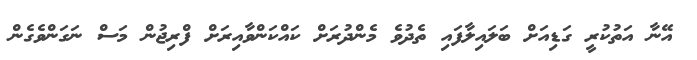
އޭނާ އަތުކުރީ ގަޑިއަށް ބަލައިލާފައި ތެދުވެ މެންދުރަށް ކައްކަންވާއިރަށް ފްރިޖުން މަސް ނަގަންވެގެން